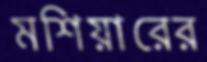
মশিয়ারের